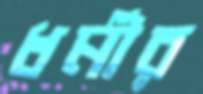
ধর্মীর